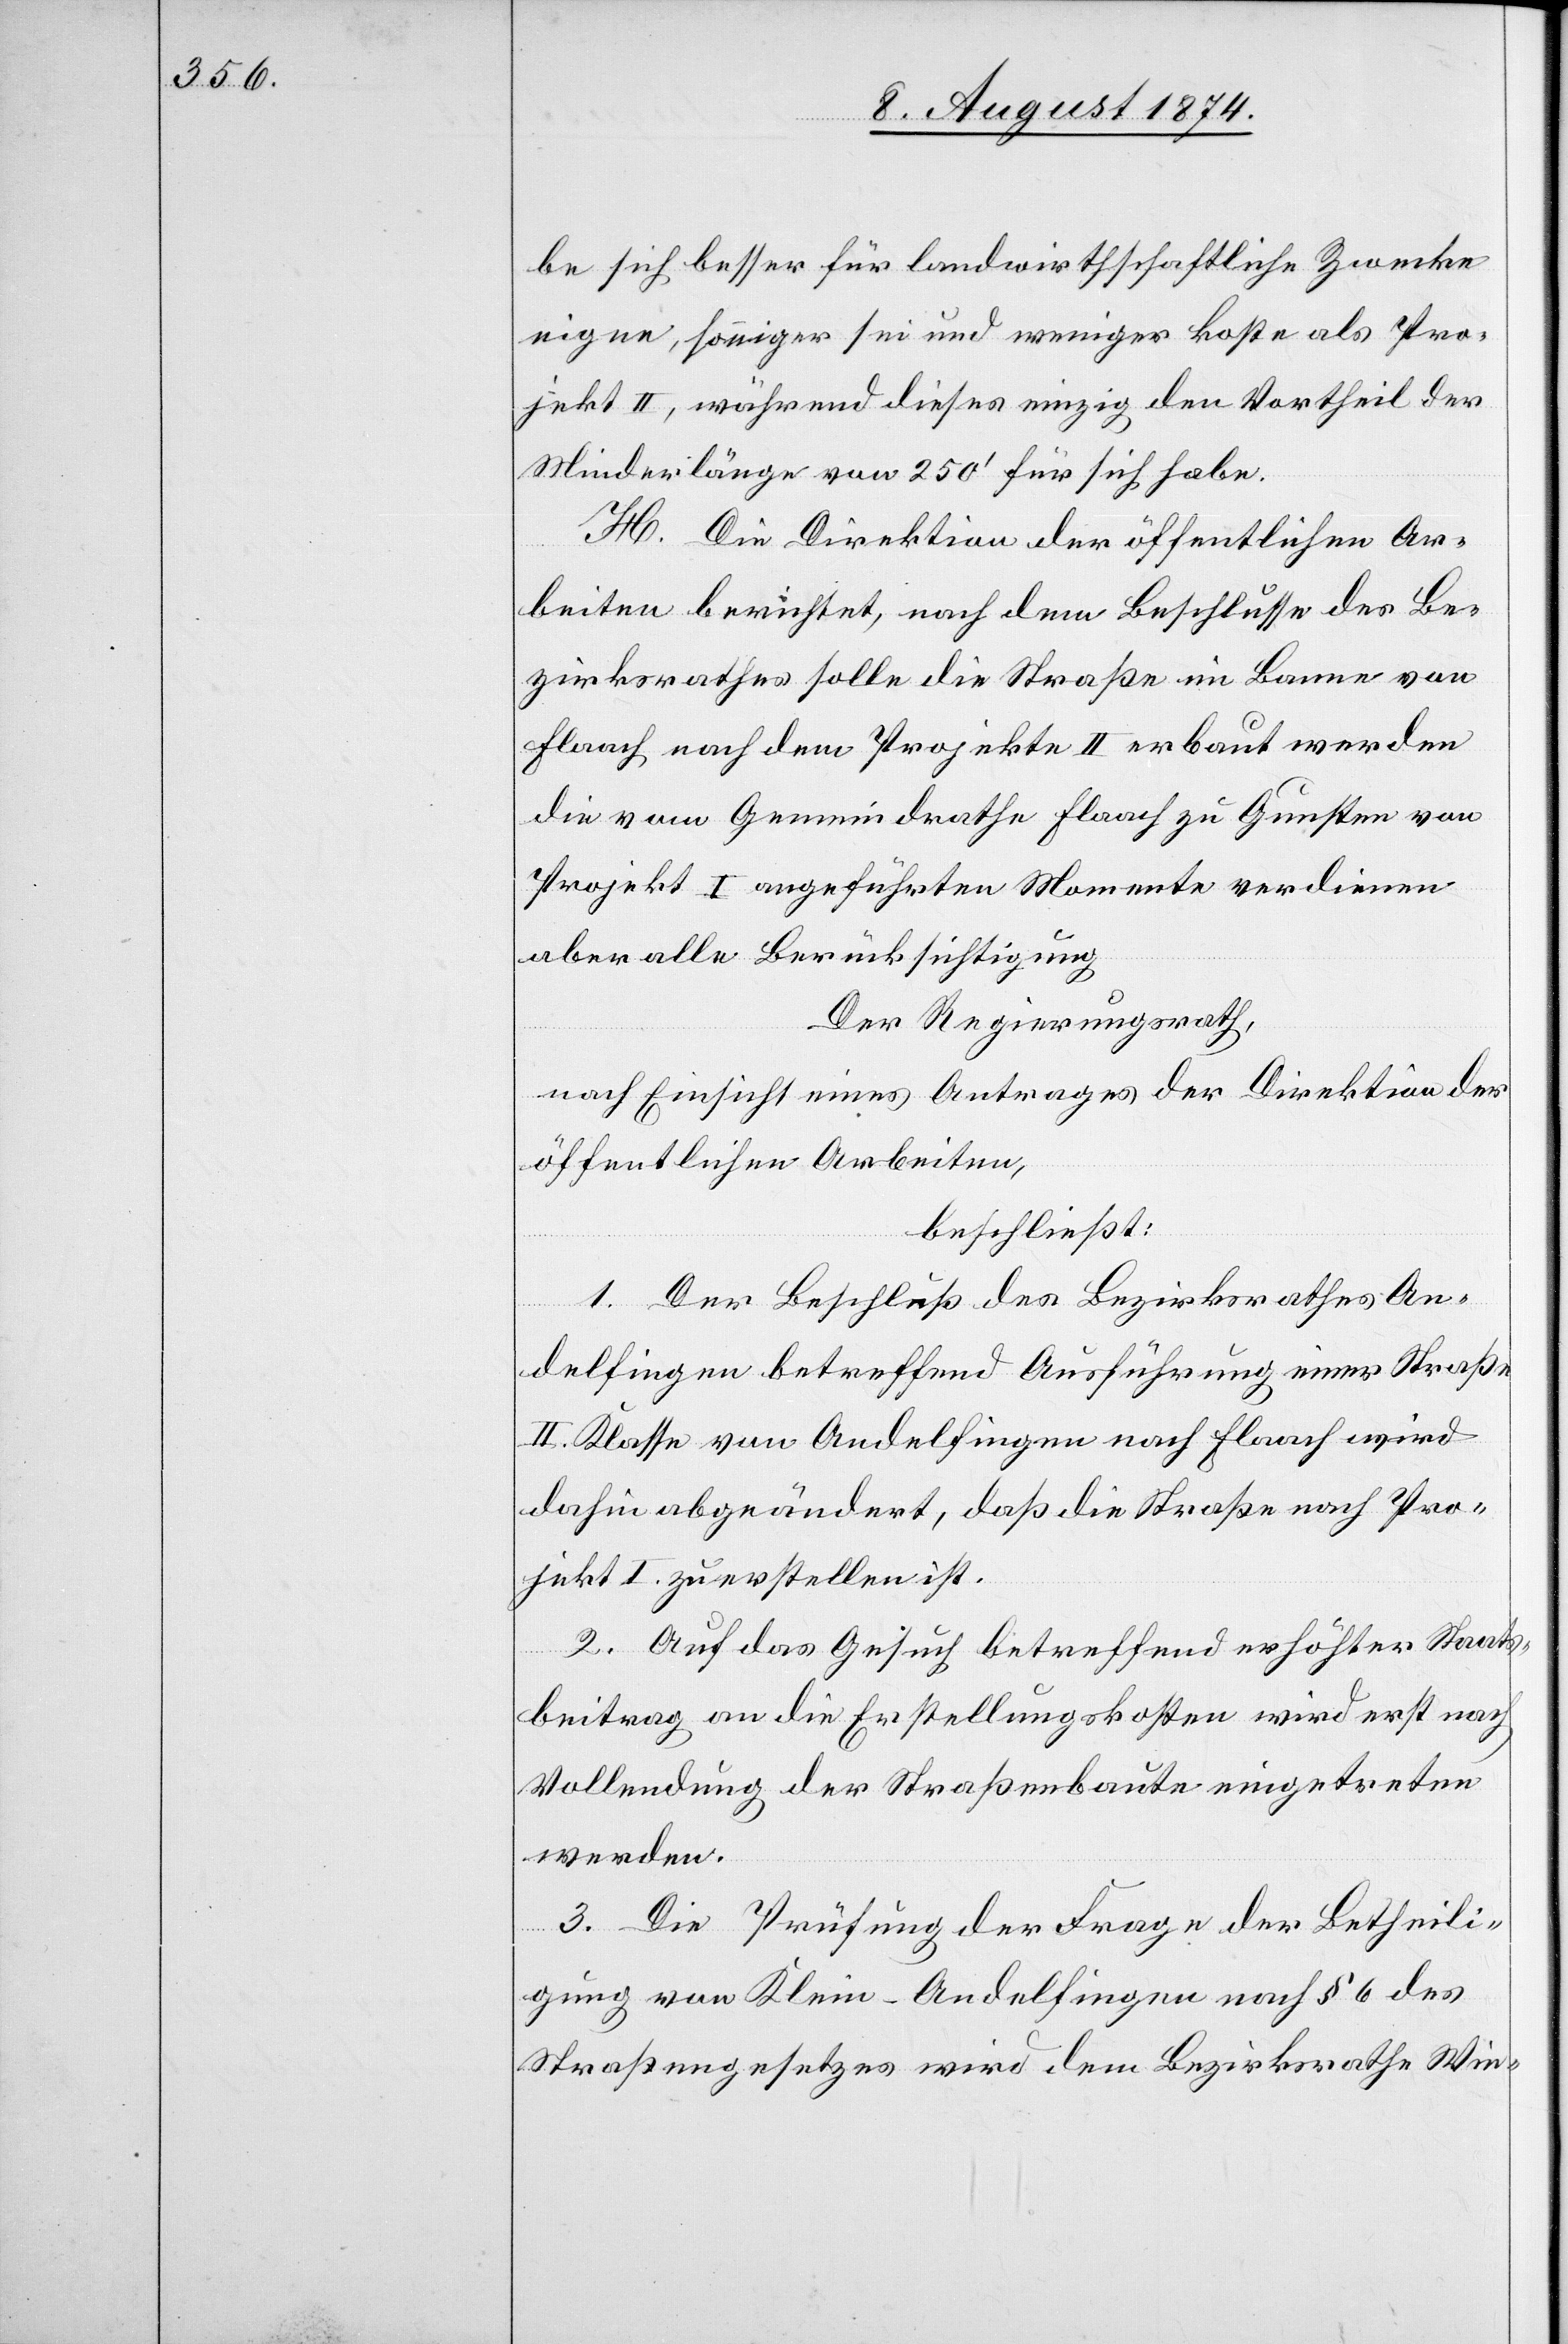
be sich besser für landwirthschaftliche Zwecke
eigne, sonniger sei und weniger koste als Pro¬
jekt II, während dieses einzig den Vortheil der
Minderlänge von 250‘ für sich habe.
H. Die Direktion der öffentlichen Ar¬
beiten berichtet, nach dem Beschlusse des Be¬
zirksrathes solle die Straße im Banne von
Flaach nach dem Projekte II. erbaut werden
die vom Gemeindrathe Flaach zu Gunsten von
Projekt I angeführten Momente verdienen
aber alle Berücksichtigung.
Der Regierungsrath,
nach Einsicht eines Antrages der Direktion der
öffentlichen Arbeiten,
beschließt:
1. Der Beschluß des Bezirksrathes An¬
delfingen betreffend Ausführung einer Straße
II. Klasse von Andelfingen nach Flaach wird
dahin abgeändert, daß die Straße nach Pro¬
jekt I. zu erstellen ist.
2. Auf das Gesuch betreffend erhöhter Staats¬
beitrag an die Erstellungskosten wird erst nach
Vollendung der Straßenbaute eingetreten
werden.
3. Die Prüfung der Frage der Betheili¬
gung von Klein-Andelfingen nach § 6 des
Straßengesetzes wird dem Bezirksrathe Win-